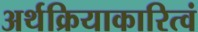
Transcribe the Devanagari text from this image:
अर्थक्रियाकारित्वं